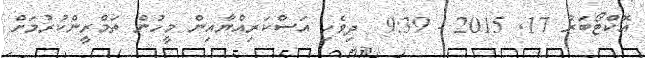
އޮކްޓޯބަރު 17